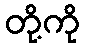
တို့ကို